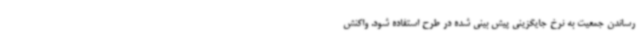
رساندن جمعیت به نرخ جایگزینی پیش بینی شده در طرح استفاده شود. واکنش